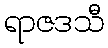
ရာဇဒသီ